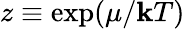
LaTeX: z\equiv\exp(\mu/\mathbf{k}T)